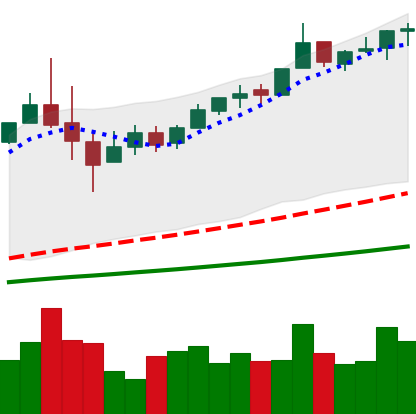
Ticker: BTC-USD
Chart end date: 2017-06-11
Forward return: -14.859%
Label: down_7plus